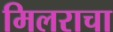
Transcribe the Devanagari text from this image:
मिलराचा